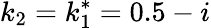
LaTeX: k_{2}=k_{1}^{*}=0.5-i